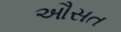
ઔસત